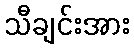
သီချင်းအား